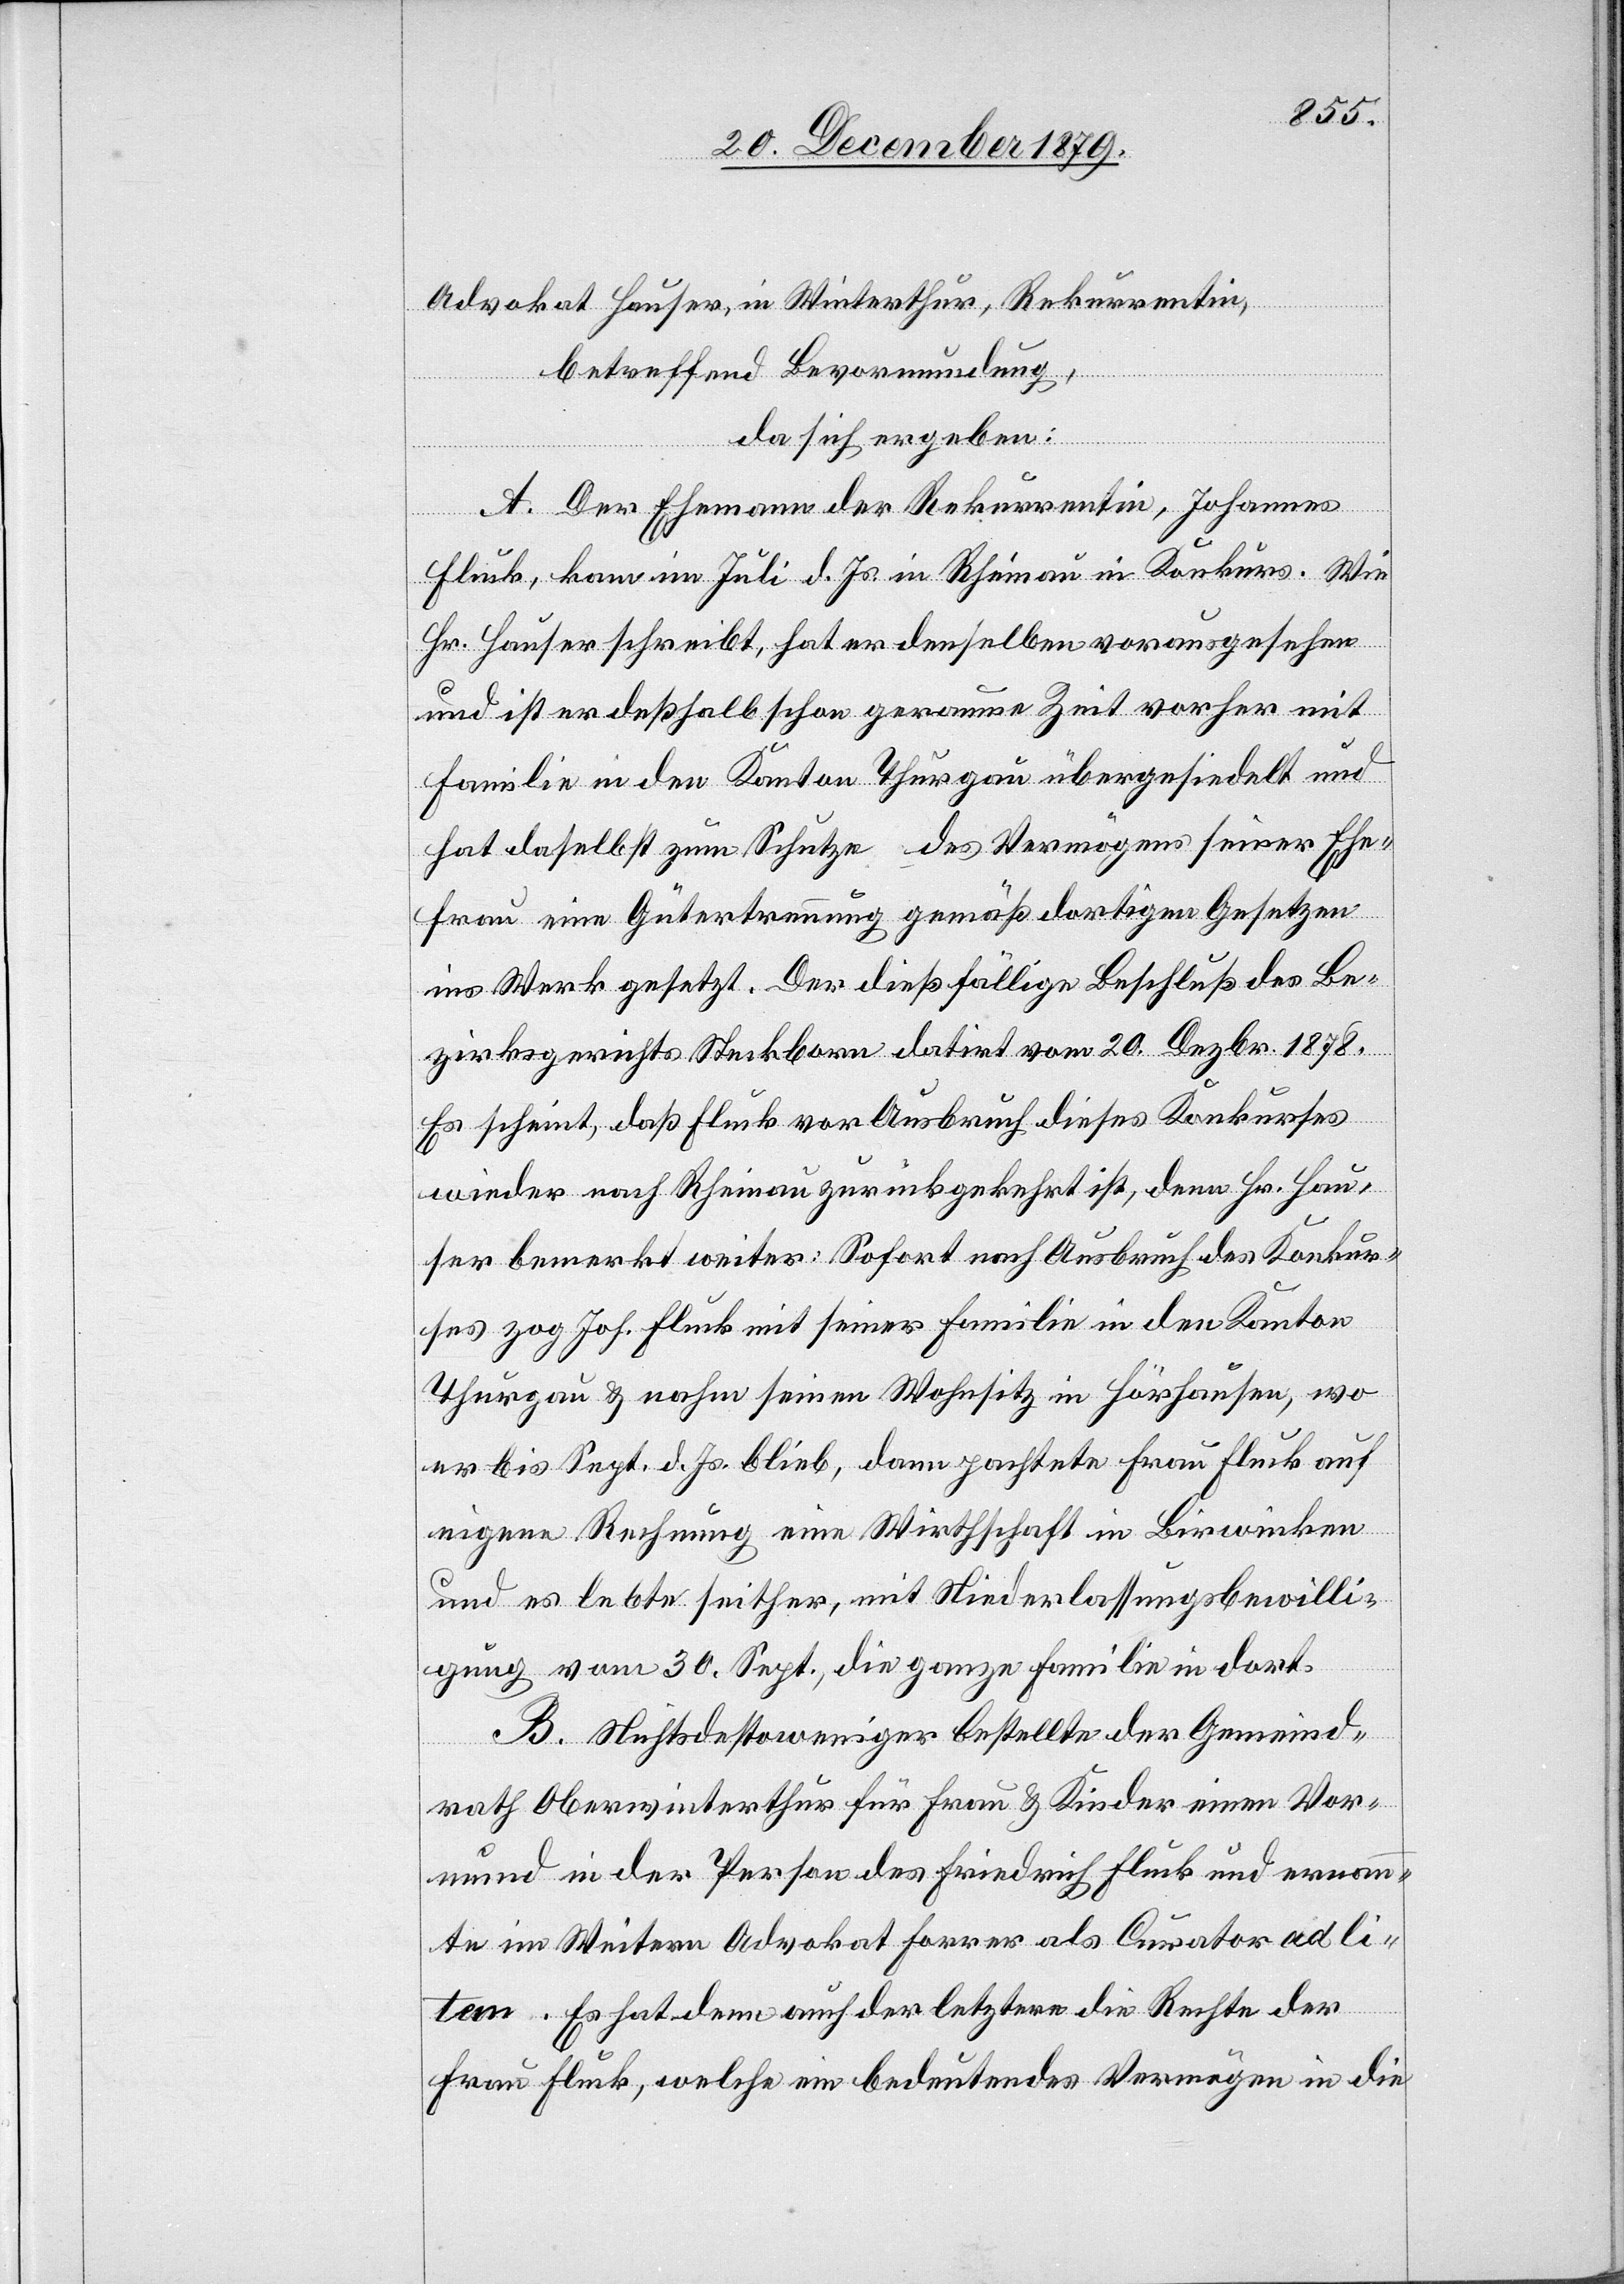
Advokat Hauser, in Winterthur, Rekurrentin,
betreffend Bevormundung,
da sich ergeben:
A. Der Ehemann der Rekurrentin Johannes
Fluck, kam im Juli d. Js. in Rheinau in Konkurs. Wie
Hr. Hauser schreibt, hat er denselben vorausgesehen
und ist er deßhalb schon geraume Zeit vorher mit
Familie in den Kanton Thurgau übergesiedelt und
hat daselbst zum Schutze des Vermögens seiner Ehe¬
frau eine Gütertrennung gemäß dortigen Gesetzen
in Werk gesetzt. Der dießfällige Beschluß des Be¬
zirksgerichtes Steckborn datirt vom 20. Dezbr. 1878.
Es scheint, daß Fluck vor Ausbruch dieses Konkurses
wieder nach Rheinau zurückgekehrt ist, denn Hr. Hau¬
ser bemerkt weiter: Sofort nach Ausbruch des Konkur¬
ses zog Joh. Fluck mit seiner Familie in den Kanton
Thurgau & nahm seinen Wohnsitz in Hörhausen, wo
er bis Sept. d. Js, blieb, dann pachtete Frau Fluck auf
eigene Rechnung eine Wirthschaft in Birwinken
und es lebte seither, mit Niederlassungsbewilli¬
gung vom 30. Sept., die ganze Familie in dort.
B. Nichtsdestoweniger bestellte der Gemeind¬
rath Oberwinterthur für Frau & Kinder einen Vor¬
mund in der Person des Friedrich Fluck und ernann¬
te im Weitern Advokat Forrer als Curator ad li¬
tem. Es hat denn auch der letztere die Rechte der
Frau Fluck, welche ein bedeutendes Vermögen in die